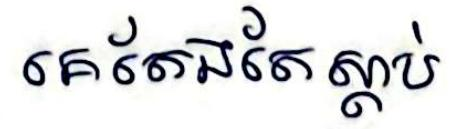
គេតែងតែស្ដាប់